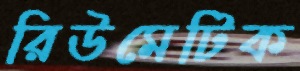
রিউমেটিক